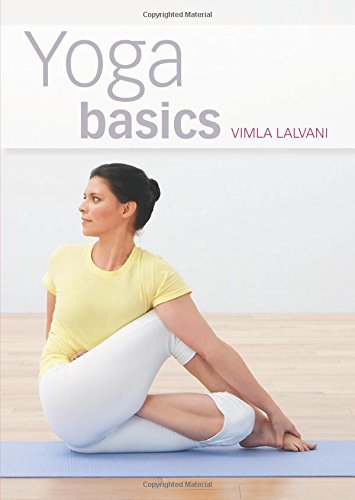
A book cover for Yoga Basics (Pyramid Paperbacks); Vimla Lalvani; Health, Fitness & Dieting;